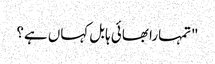
"تمہارا بھائی ہابل کہاں ہے؟